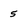
Character: 5